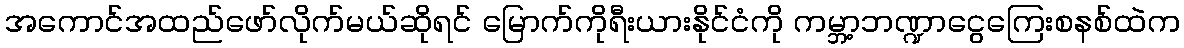
အကောင်အထည်ဖော်လိုက်မယ်ဆိုရင် မြောက်ကိုရီးယားနိုင်ငံကို ကမ္ဘာ့ဘဏ္ဍာငွေကြေးစနစ်ထဲက